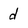
Character: d